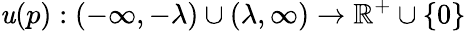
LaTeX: \mathit{u}(p):(-\infty,-\lambda)\cup(\lambda,\infty)\rightarrow\mathbb{{R}}^{+}\cup\{ 0\}